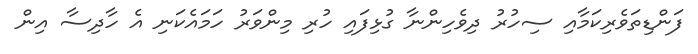
ފަންޑިތަވެރިކަމާއި ސިހުރު ދިވެހިންނާ ގުޅިފައި ހުރި މިންވަރު ހަމައެކަނި އެ ހާދިސާ އިން